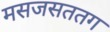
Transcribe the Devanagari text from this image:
मसजसततग